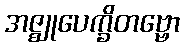
အဇ္ဈုပေက္ခိတဗ္ဗော